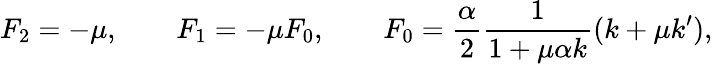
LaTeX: F_{2}=-\mu,\qquad F_{1}=-\mu F_{0},\qquad F_{0}=\frac{\alpha}{2}\frac{1}{1+\mu\alpha k}(k+\mu k^{\prime}),